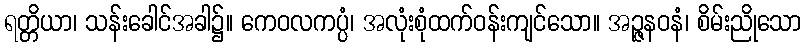
ရတ္တိယာ၊ သန်းခေါင်အခါ၌။ ကေဝလကပ္ပံ၊ အလုံးစုံထက်ဝန်းကျင်သော။ အဉ္ဇနဝနံ၊ စိမ်းညိုသော